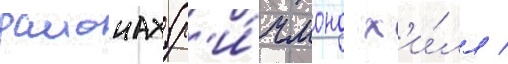
раионах (р'и́чмонд х'и́лл /